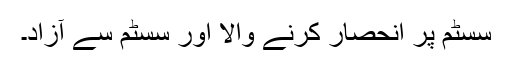
سسٹم پر انحصار کرنے والا اور سسٹم سے آزاد۔